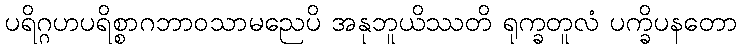
ပရိဂ္ဂဟပရိစ္စာဂဘာဝသာမညေပိ အနုဘူယိဿတိ ရုက္ခတူလံ ပက္ခိပနတော